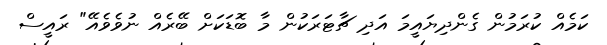
ކަމެއް ކުރަމުން ގެންދިޔައީމަ އަދި ޗާޓަރަކުން މާ ބޮޑަކަށް ބޭރެއް ނުވެވެއޭ" ރައީސް